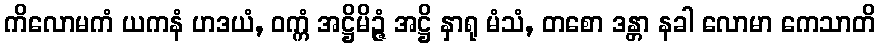
ကိလောမကံ ယကနံ ဟဒယံ, ဝက္ကံ အဋ္ဌိမိဉ္ဇံ အဋ္ဌိ နှာရု မံသံ, တစော ဒန္တာ နခါ လောမာ ကေသာတိ